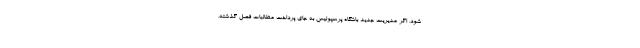
شود. اگر مدیریت جدید باشگاه پرسپولیس به جای پرداخت مطالبات فصل گذشته،